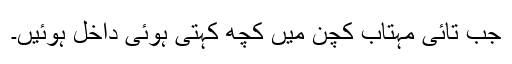
جب تائی مہتاب کچن میں کچھ کہتی ہوئی داخل ہوئیں۔